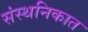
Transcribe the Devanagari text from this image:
संस्थनिकात